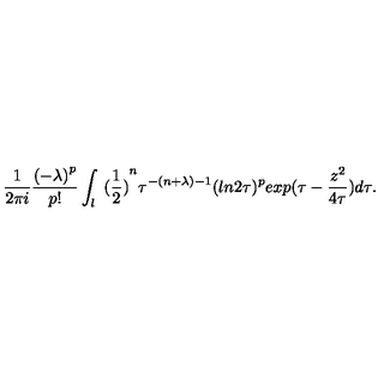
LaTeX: \frac { 1 } { 2 \pi i } \frac { { ( - \lambda ) } ^ { p } } { p ! } \int _ { l } { \ ( \frac { 1 } { 2 } ) } ^ { n } \tau ^ { - ( n + \lambda ) - 1 } ( l n 2 \tau ) ^ { p } e x p ( \tau - \frac { z ^ { 2 } } { 4 \tau } ) d \tau .